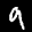
Label: 9